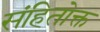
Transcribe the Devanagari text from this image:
संहितोक्त